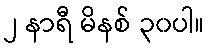
၂ နာရီ မိနစ် ၃၀ပါ။